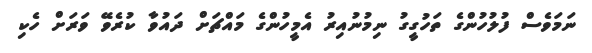
ނަމަވެސް ފުލުހުންގެ ތަހުގީގު ނިމުނުއިރު އެމީހުންގެ މައްޗަށް ދައުވާ ކުރެވޭ ވަރަށް ހެކި